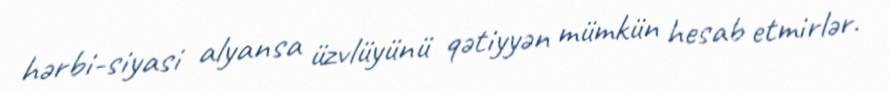
hərbi-siyasi alyansa üzvlüyünü qətiyyən mümkün hesab etmirlər.